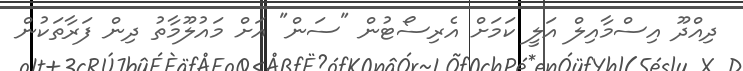
ދިއްދޫ އިސްމާއިލް އަލީ ކަމަށް އެރިސޯޓުން "ސަން" އަށް މައުލޫމާތު ދިން ފަރާތަކުން